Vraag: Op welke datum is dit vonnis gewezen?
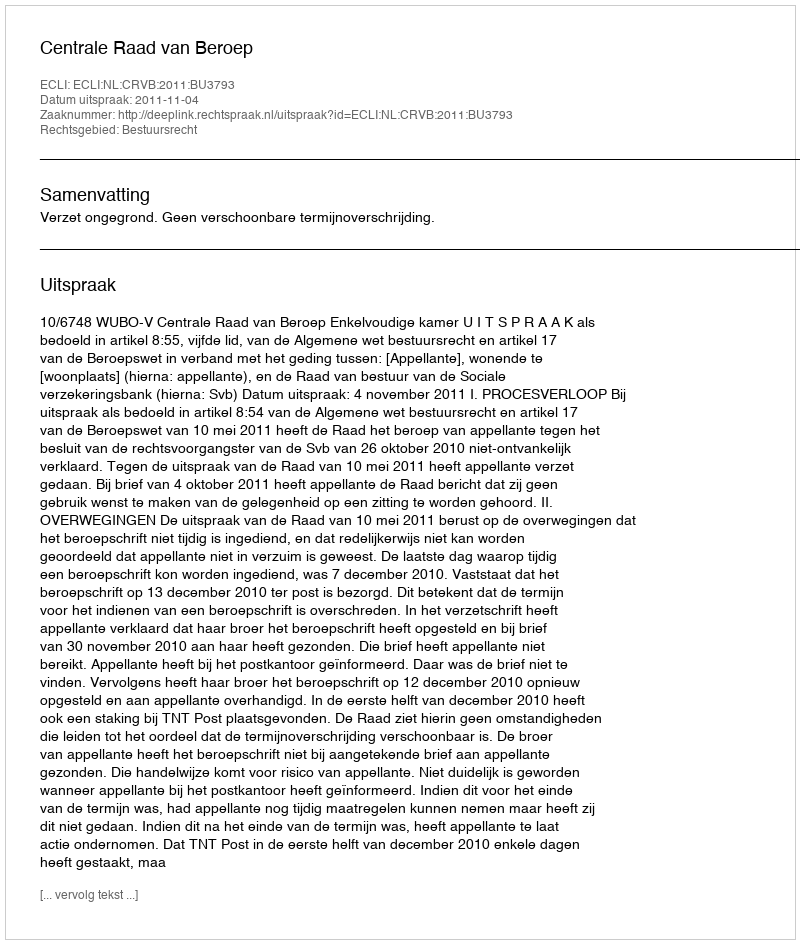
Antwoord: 2011-11-04